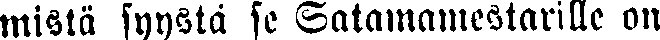
mistä syystä se Satamamestarille on